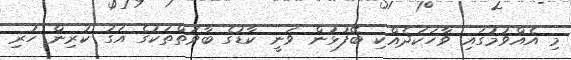
މި އެއްވުމުގައި ވާހަކަދެއްކި ބޭފުޅުން ވަނީ ކާޑުގެ ބާވަތްތަކުގެ އަގު ކުރިން ހުރި